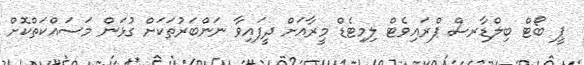
ޕީ ބޯޓް ބިލްޑާރސް ޕްރައިވެޓް ލިމިޓެޑް މީރާއަށް ދީފައިވާ ނަންބަރުތަކަށް ގުޅަން މަސައްކަތްކޮށް